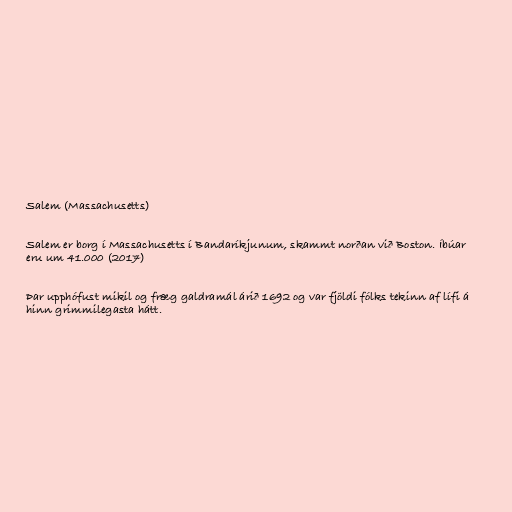
Salem (Massachusetts)

Salem er borg í Massachusetts í Bandaríkjunum, skammt norðan við Boston. Íbúar
eru um 41.000 (2017)

Þar upphófust mikil og fræg galdramál árið 1692 og var fjöldi fólks tekinn af lífi á
hinn grimmilegasta hátt.